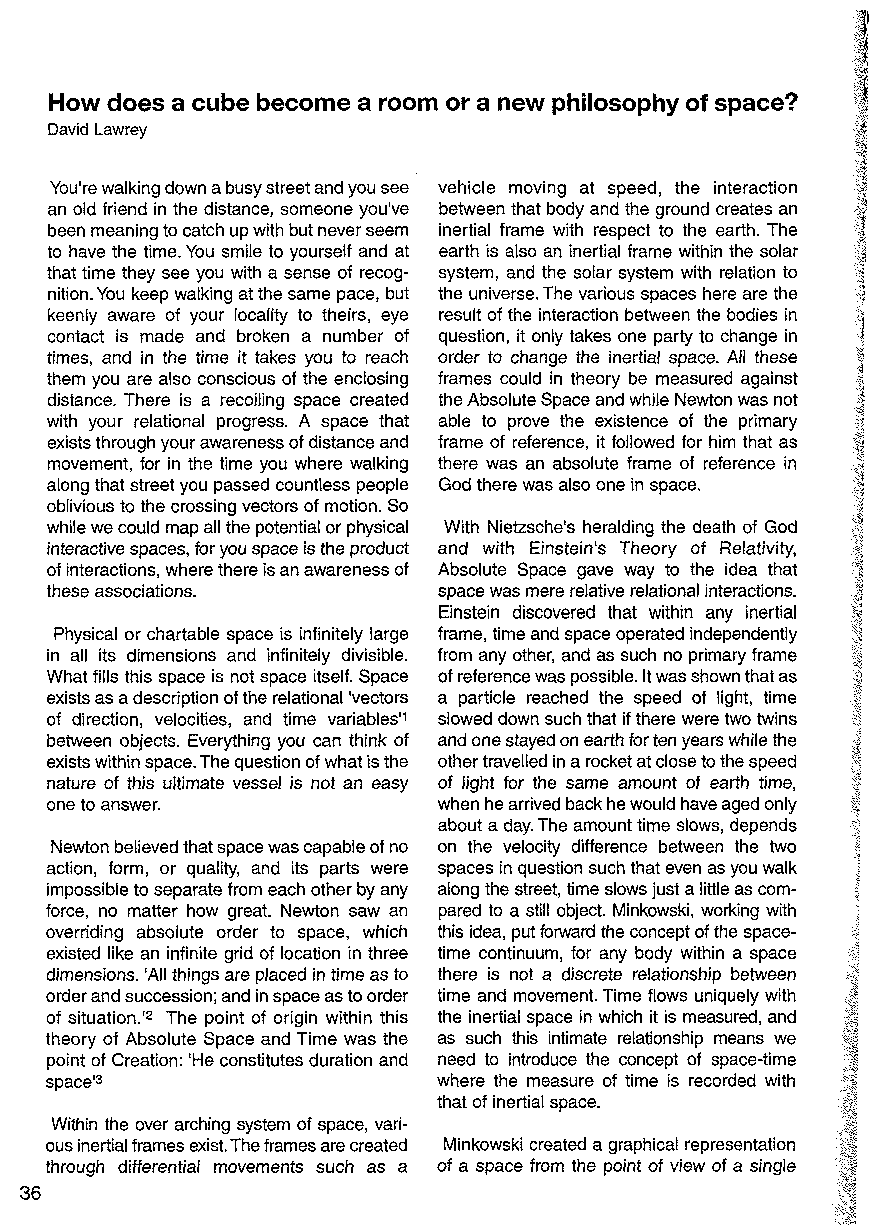
How does a cube become a room or a new philosophy of space?
 David Lawrey
 You're walking down a busy street and you see vehicle moving at speed, the interaction
 an old friend in the distance, someone you've between that body and the ground creates an
 been meaning to catch up with but never seem inertial frame with respect to the earth. The
 to have the time. You smile to yourself and at earth is also an inertial frame within the solar
 that time they see you with a sense of recog system, and the solar system with relation to
 nition. You keep walking at the same pace, but the universe. The various spaces here are the
 keenly aware of your locality to theirs, eye result of the interaction between the bodies in
 contact is made and broken a number of question, it only takes one party to change in
 times, and in the time it takes you to reach order to change the inertial space. All these
 them you are also conscious of the enclosing frames could in theory be measured against
 distance. There is a recoiling space created the Absolute Space and while Newton was not
 with your relational progress. A space that able to prove the existence of the primary
 exists through your awareness of distance and frame of reference, it followed for him that as
 movement, for in the time you where walking there was an absolute frame of reference in
 along that street you passed countless people God there was also one in space.
 oblivious to the crossing vectors of motion. So
 while we could map all the potential or physical With Nietzsche's heralding the death of God
 interactive spaces, for you space is the product and with Einstein's Theory of Relativity,
 of interactions, where there is an awareness of Absolute Space gave way to the idea that
 these associations.       space was mere relative relational interactions.
 Einstein discovered that within any inertial
 Physical or chartable space is infinitely large frame, time and space operated independently
 in all its dimensions and infinitely divisible. from any other, and as such no primary frame
 What fills this space is not space itself. Space of reference was possible. It was shown that as
 exists as a description of the relational 'vectors a particle reached the speed of light, time
 of direction, velocities, and time variables'1 slowed down such that if there were two twins
 between objects. Everything you can think of and one stayed on earth for ten years while the
 exists within space. The question of what is the other travelled in a rocket at close to the speed
 nature of this ultimate vessel is not an easy of light for the same amount of earth time,
 one to answer.            when he arrived back he would have aged only
 about a day. The amount time slows, depends
 Newton believed that space was capable of no on the velocity difference between the two
 action, form, or quality, and its parts were spaces in question such that even as you walk
 impossible to separate from each other by any along the street, time slows just a little as com
 force, no matter how great. Newton saw an pared to a still object. Minkowski, working with
 overriding absolute order to space, which this idea, put forward the concept of the space-
 existed like an infinite grid of location in three time continuum, for any body within a space
 dimensions. 'All things are placed in time as to there is not a discrete relationship between
 order and succession; and in space as to order time and movement. Time flows uniquely with
 of situation.'2 The point of origin within this the inertial space in which it is measured, and
 theory of Absolute Space and Time was the as such this intimate relationship means we
 point of Creation: 'He constitutes duration and need to introduce the concept of space-time
 space'3                   where the measure of time is recorded with
 that of inertial space.
 Within the over arching system of space, vari
 ous inertial frames exist. The frames are created Minkowski created a graphical representation
 through differential movements such as a of a space from the point of view of a single
 36